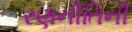
રણનીતિની